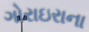
ગોરાઇરાના